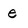
Character: e